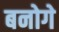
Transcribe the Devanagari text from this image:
बनोगे